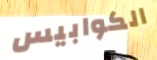
الكوابيس